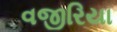
વજીરિયા